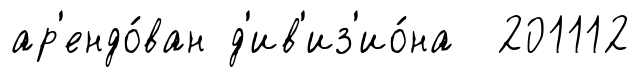
ар'ендо́ван д'ив'из'ио́на 201112